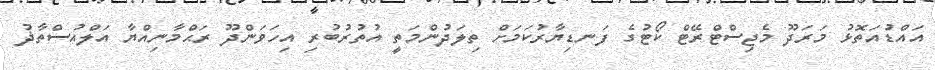
އައްޑުއަތޮޅު މަރަދޫ މެޖިސްޓްރޭޓް ކޯޓުގެ ފަނޑިޔާރުކަމަށް ތިލަދުންމަތީ އުތުރުބުރި އިހަވަންދޫ ރަޙްމާނިއްޔާ އަލްއުސްތާޛު